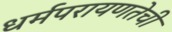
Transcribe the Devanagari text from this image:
धर्मपरायणतेची